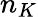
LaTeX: n_{K}